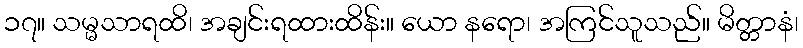
၁၇။ သမ္မသာရထိ၊ အချင်းရထားထိန်း။ ယော နရော၊ အကြင်သူသည်။ မိတ္တာနံ၊